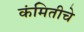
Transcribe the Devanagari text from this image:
कंमितीचे